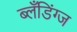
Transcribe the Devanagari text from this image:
ब्लँडिंग्ज